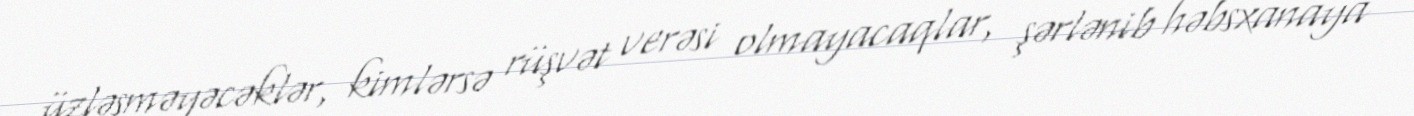
üzləşməyəcəklər, kimlərsə rüşvət verəsi olmayacaqlar, şərlənib həbsxanaya